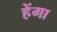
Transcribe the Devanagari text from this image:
हेंगा